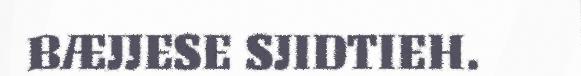
BÆJJESE SJIDTIEH.